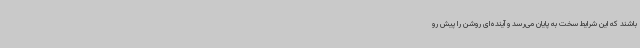
باشند که این شرایط سخت به پایان می‌رسد و آینده‌ای روشن را پیش رو